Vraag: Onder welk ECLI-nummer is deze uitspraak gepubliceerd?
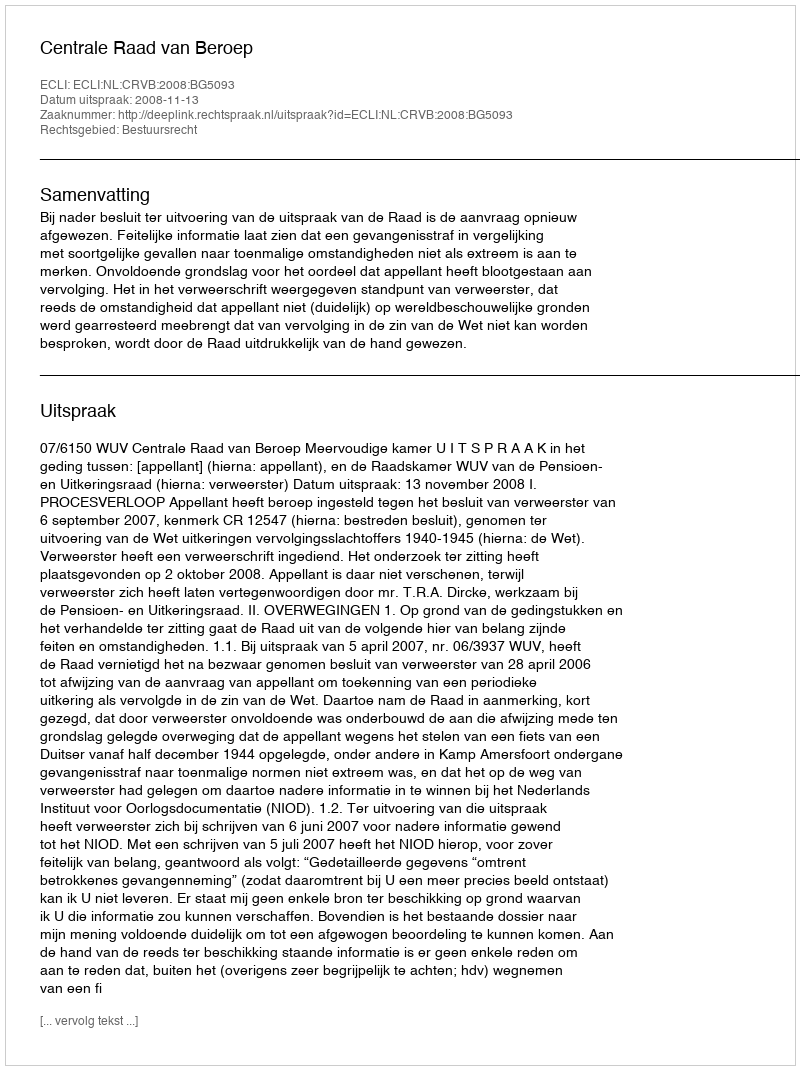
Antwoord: ECLI:NL:CRVB:2008:BG5093